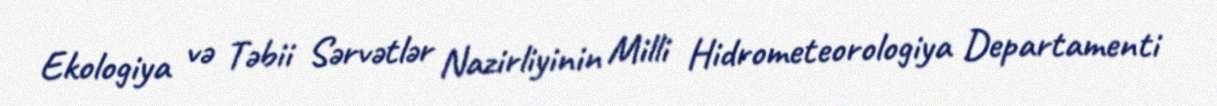
Ekologiya və Təbii Sərvətlər Nazirliyinin Milli Hidrometeorologiya Departamenti